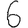
Digit: 6